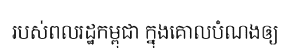
របស់ពលរដ្ឋកម្ពុជា ក្នុងគោលបំណងឲ្យ